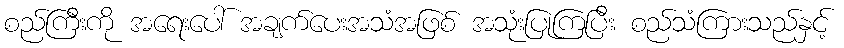
စည်ကြီးကို အရေးပေါ် အချက်ပေးအသံအဖြစ် အသုံးပြုကြပြီး စည်သံကြားသည်နှင့်